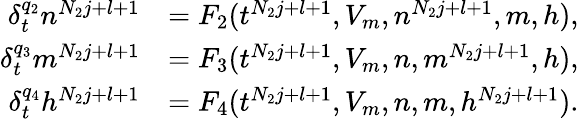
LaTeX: \begin{array}{rl}{\delta_{t}^{q_{2}}n^{N_{2}j+l+1}}&{=F_{2}(t^{N_{2}j+l+1},V_{m},n^{N_{2}j+l+1},m,h),}\\ {\delta_{t}^{q_{3}}m^{N_{2}j+l+1}}&{=F_{3}(t^{N_{2}j+l+1},V_{m},n,m^{N_{2}j+l+1},h),}\\ {\delta_{t}^{q_{4}}h^{N_{2}j+l+1}}&{=F_{4}(t^{N_{2}j+l+1},V_{m},n,m,h^{N_{2}j+l+1}).}\end{array}